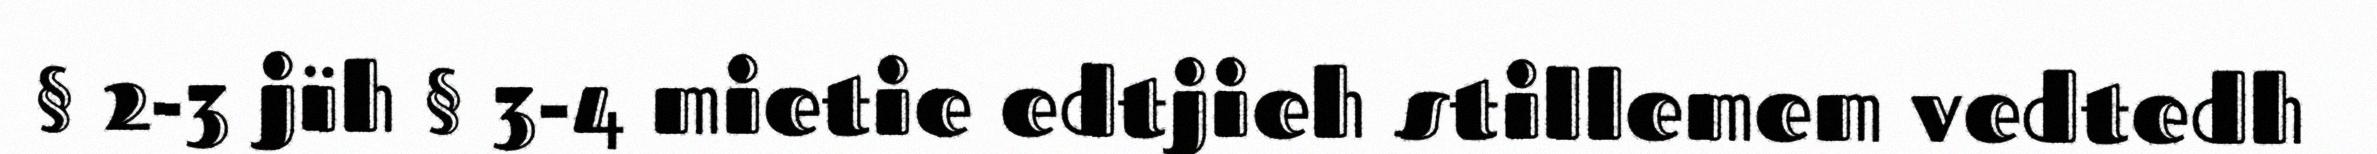
§ 2-3 jïh § 3-4 mietie edtjieh stillemem vedtedh